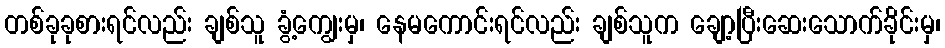
တစ်ခုခုစားရင်လည်း ချစ်သူ ခွံ့ကျွေးမှ၊ နေမကောင်းရင်လည်း ချစ်သူက ချော့ပြီးဆေးသောက်ခိုင်းမှ၊